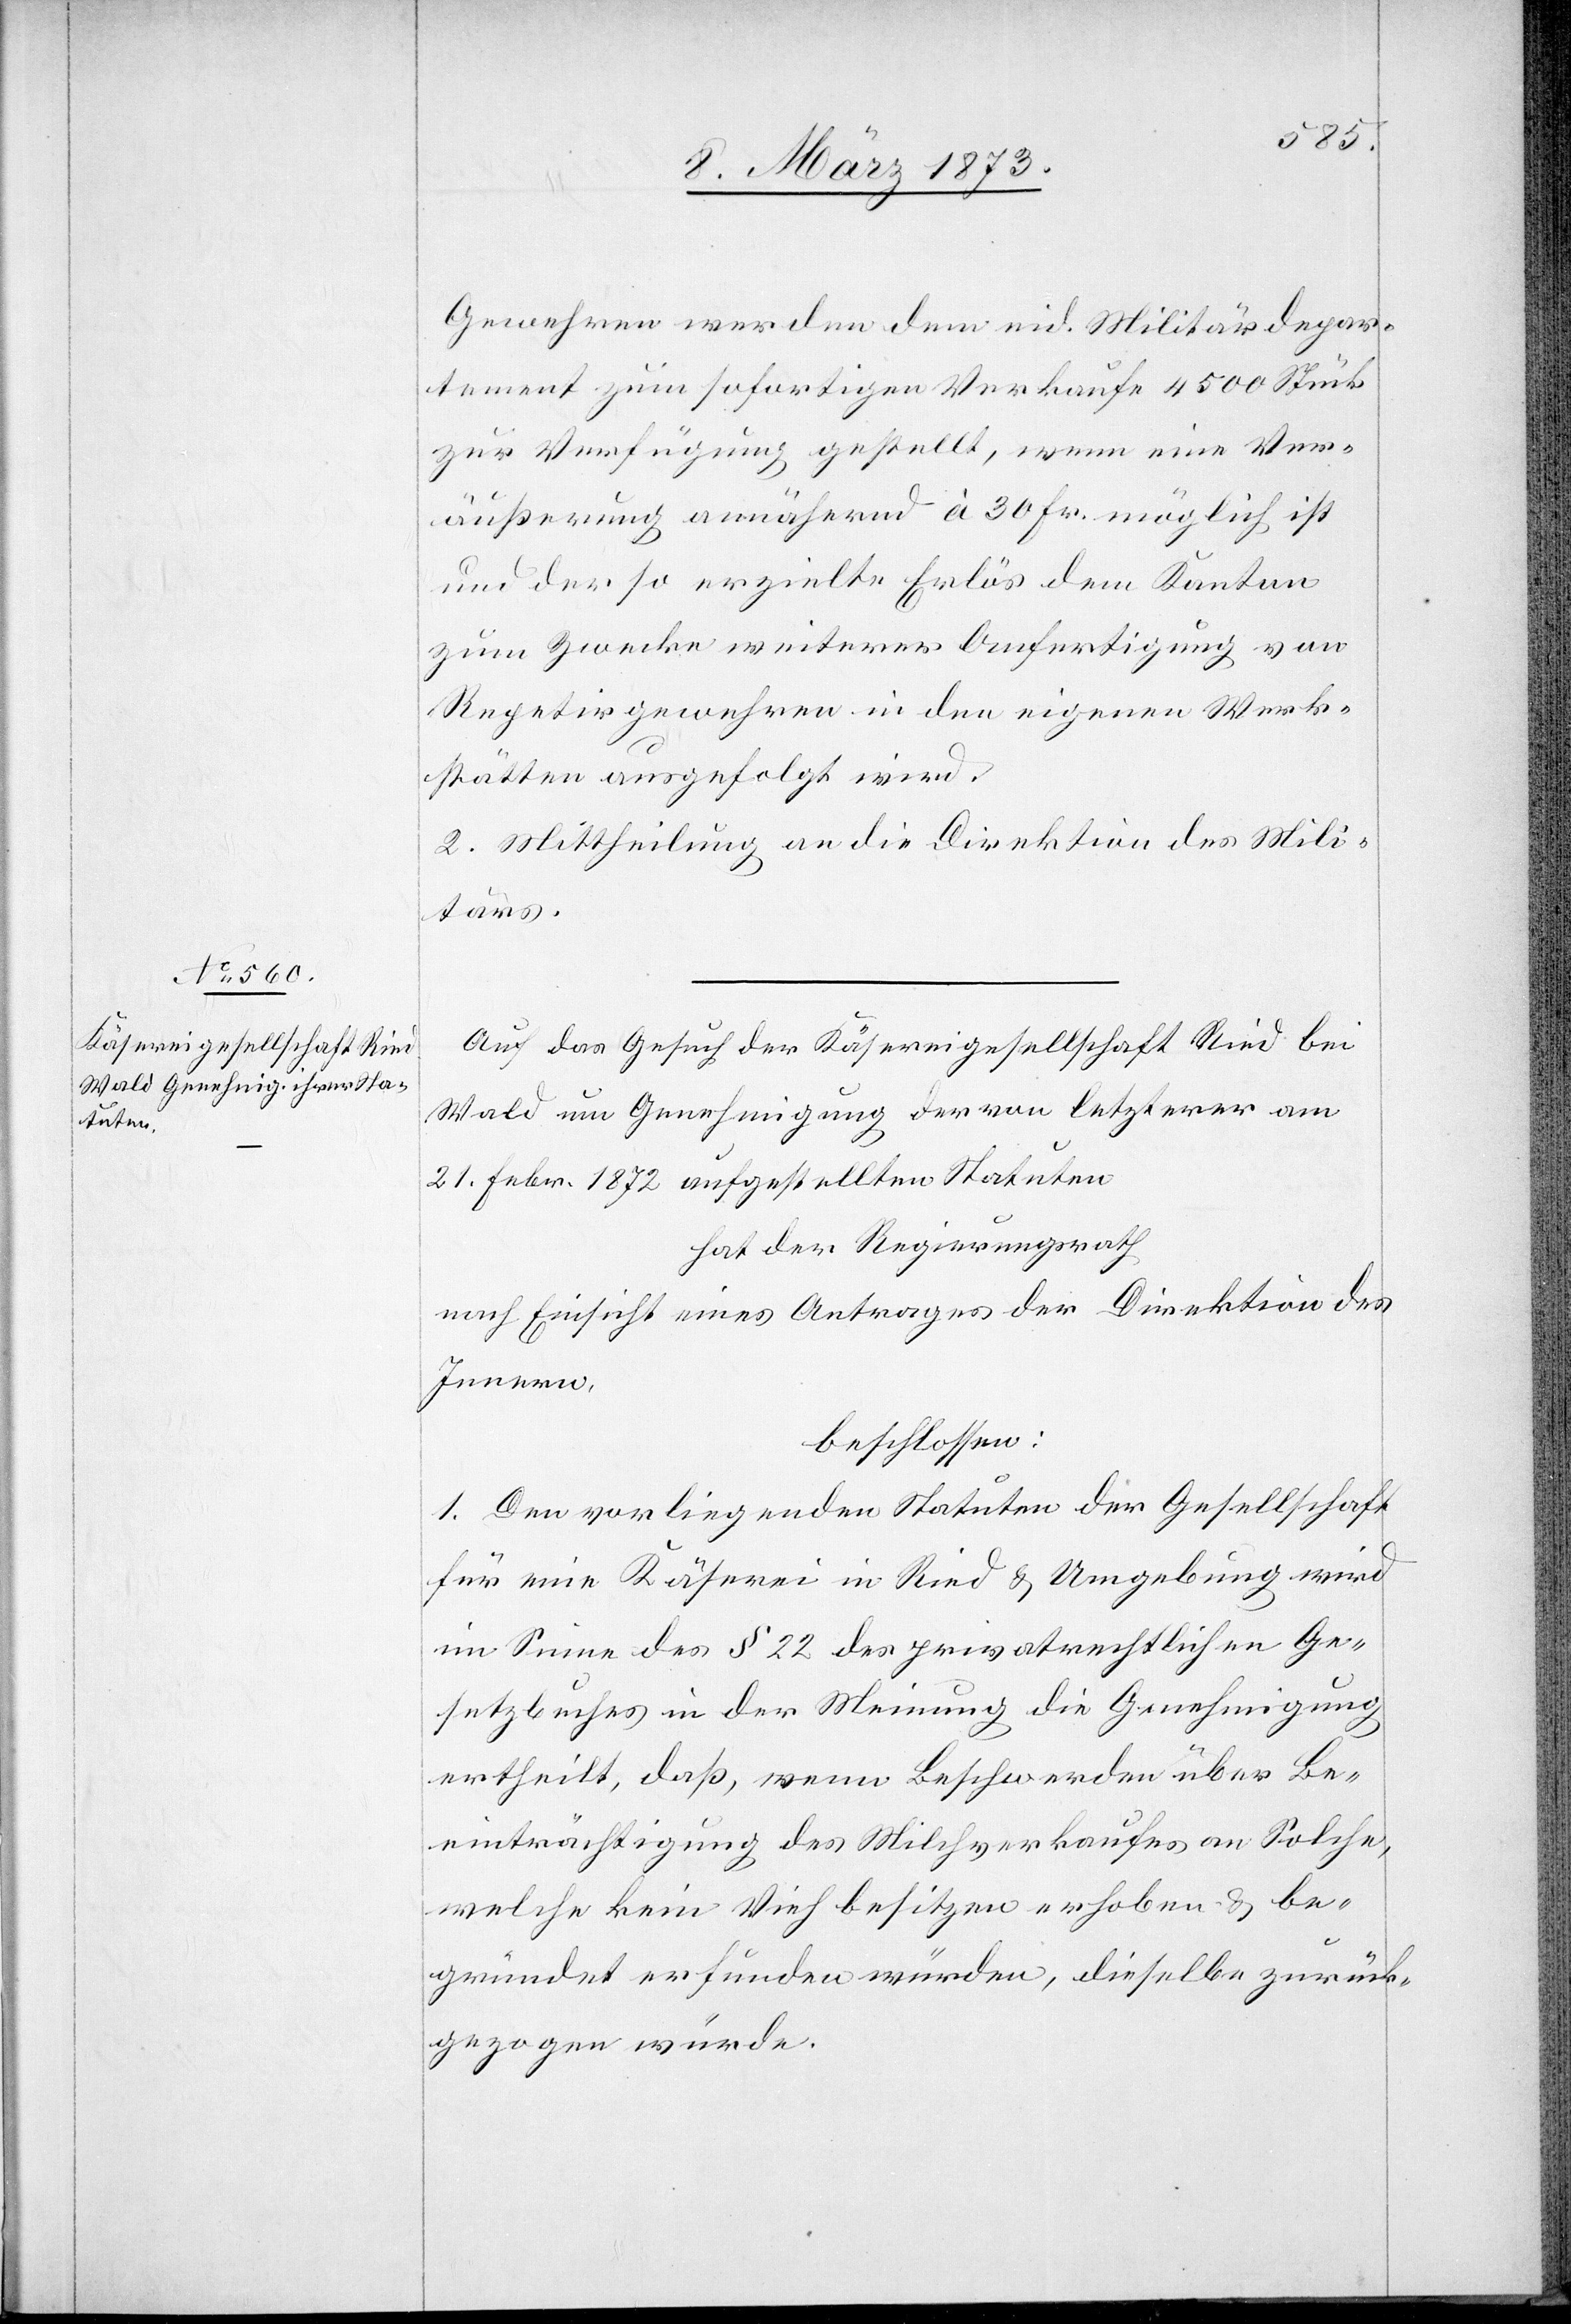
Gewehren werden dem eid. Militärdepar¬
tement zum sofortigen Verkaufe 4500 Stück
zur Verfügung gestellt, wenn eine Ver¬
äußerung annähernd à 30 Fr. möglich ist
und der so erzielte Erlös dem Kanton
zum Zwecke weiterer Anfertigung von
Repetirgewehren in den eigenen Werk¬
stätten ausgefolgt wird.
2. Mittheilung an die Direktion des Mili¬
tärs.
Auf das Gesuch der Käsereigesellschaft Ried bei
Wald um Genehmigung der von letzterer am
21. Febr. 1872 aufgestellten Statuten
hat der Regierungsrath
nach Einsicht eines Antrages der Direktion des
Innern,
beschlossen:
1. Den vorliegenden Statuten der Gesellschaft
für eine Käserei in Ried u. Umgebung wird
im Sinne des § 22 des privatrechtlichen Ge¬
setzbuches in der Meinung die Genehmigung
ertheilt, daß, wenn Beschwerden über Be¬
einträchtigung des Milchverkaufes an Solche,
welche kein Vieh besitzen[,] erhoben u. be¬
gründet erfunden würden, dieselbe zurück¬
gezogen würde.